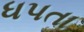
ધપતા